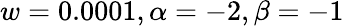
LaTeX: w=0.0001,\alpha=-2,\beta=-1